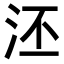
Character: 𣳎